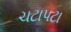
ચટાપટા